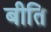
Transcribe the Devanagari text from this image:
बीति